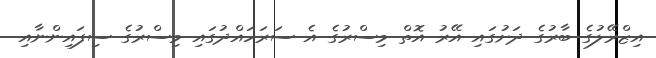
އިޒްރޭލުގެ ބާރުގެ ދަށުގައި އޭރު އޮތް މިސްރުގެ އެ ސަރަހައްދުގައި މިސްރުގެ ސިފައިންނާއި